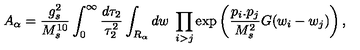
A _ { \alpha } = { \frac { g _ { s } ^ { 2 } } { M _ { s } ^ { 1 0 } } } \int _ { 0 } ^ { \infty } { \frac { d \tau _ { 2 } } { \tau _ { 2 } ^ { 2 } } } \int _ { R _ { \alpha } } d w \ \prod _ { i > j } \exp \left( { \frac { p _ { i } . p _ { j } } { M _ { s } ^ { 2 } } } G ( w _ { i } - w _ { j } ) \right) ,